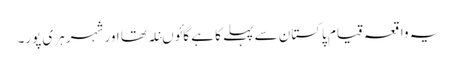
یہ واقعہ قیام پاکستان سے پہلے کا ہے گائوںنلہ تھا اور شہر ہری پور۔